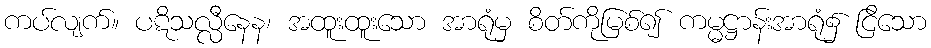
ကပ်လျက်။ ပဋိသလ္လီနေန၊ အထူးထူးသော အာရုံမှ စိတ်ကိုမြစ်၍ ကမ္မဋ္ဌာန်းအာရုံ၌ ငြိသော